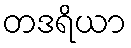
တဒရိယာ